Annual administration and progress report of the Indian Medical Department, Bombay
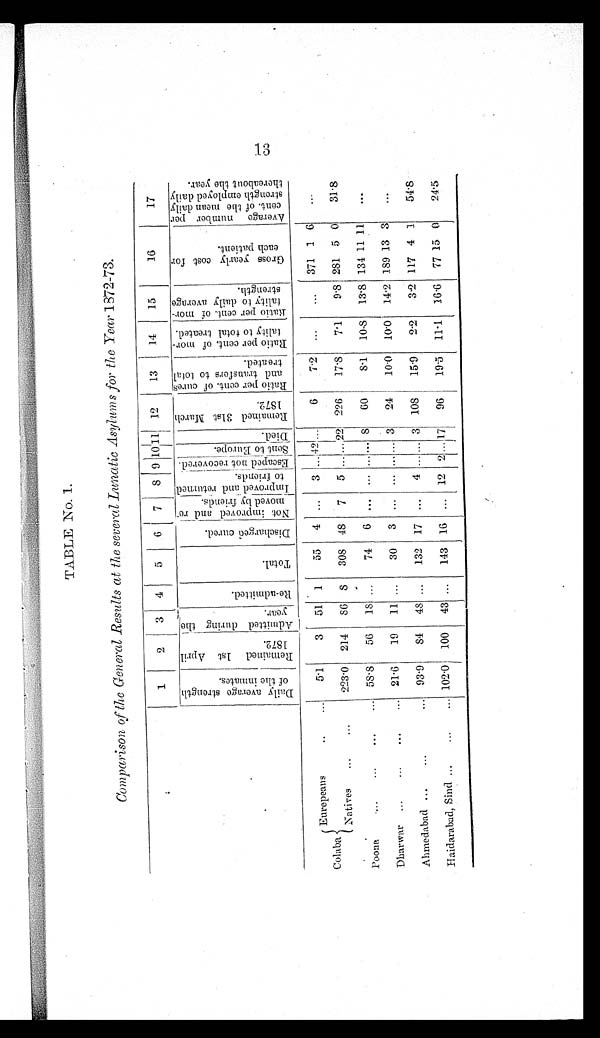
TABLE No. 1.
Comparison of the General Results at the several Lunatic Asylums for the Year 1872-73.
1
2
3 4
5
6 7
8 9 10 11 12
13
14
15
16
17
D a i l y a v e r a g e s t r e n g t h
o f t h e i n m a t e s .
R e m a i n e d 1 s t A p r i l
1 8 7 2 .
A d m i t t e d d u r i n g t h e
y e a r .
R e - a d m i t t e d .
T o t a l .
D i s c h a r g e d c u r e d .
N o t i m p r o v e d a n d r e -
m o v e d b y f r i e n d s .
I m p r o v e d a n d r e t u r n e d t o f r i e n d s .
E s c a p e d n o t r e c o v e r e d .
S e n t t o E u r o p e d .
D i e d .
R e m a i n e d 3 1 s t M a r c h
1 8 7 2 .
R a t i o p e r c e n t . o f c u r e s
a n d t r a n s f e r s t o t o t a l
t r e a t e d .
R a t i o p e r c e n t . o f m o r -
t a l i t y t o t o t a l t r e a t e d .
R a t i o p e r c e n t . o f m o r -
t a l i t y t o d a i l y a v e r a g e s t r e n g h t .
G r o s s y e a r l y c o s t f o r
e a c h p a t i e n t .
A v e r a g e n u m b e r p e r
c e n t . o f t h e m e a n d a i l y
s t r e n g t h e m p l o y e d d a i l y
t h e r e a b o u t t h e y e a r .
Colaba
Eurepeans
. . . .
5.1
3 51 1
55 4
. . .
3 ... 42
. . .
6
7.2 ...
... 371 1 6 . . .
Natives
...
...
223.0 214 86
8 308 48 7 5 ... ... 22 226
17.8
7.1
9.8 281 5 0
31.8
Poona
...
...
...
... 58.8 56 18 ...
74 6 ... ... ... ... 8
6 0
8.1 10.8 13.8 134 11 11 ...
Dharwar ...
...
...
. . . 21.6
19 11 ...
30 3 ... ... ... ... 3 24
10.0 10.0 14.2 189 13 3 ...
Ahmedabad ...
. . .
... 93.9
84 48 ... 132 17 ... 4 ... ... 3 108 15.9
2.2 3.2 117 4 1
54.8
Haidarabad, Sind ...
...
... 102.0 100 43 ... 143 16 ... 12 2 ... 17 96
19.5 11.1 16.6 77 15 0
24.5